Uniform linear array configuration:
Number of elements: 48
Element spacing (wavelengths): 0.75
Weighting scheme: cosine
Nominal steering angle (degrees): -30
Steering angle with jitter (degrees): -30.164
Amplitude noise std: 0.05
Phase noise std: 0.05

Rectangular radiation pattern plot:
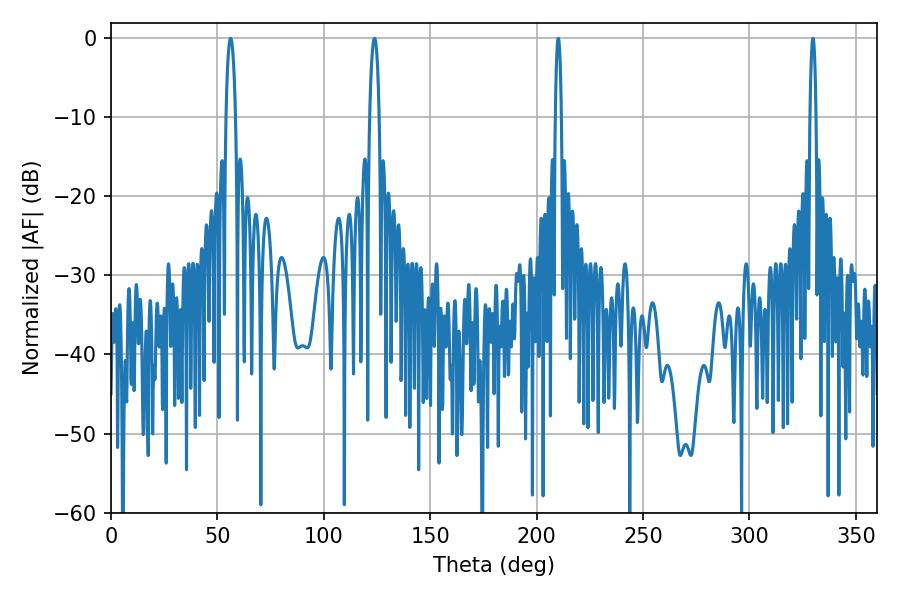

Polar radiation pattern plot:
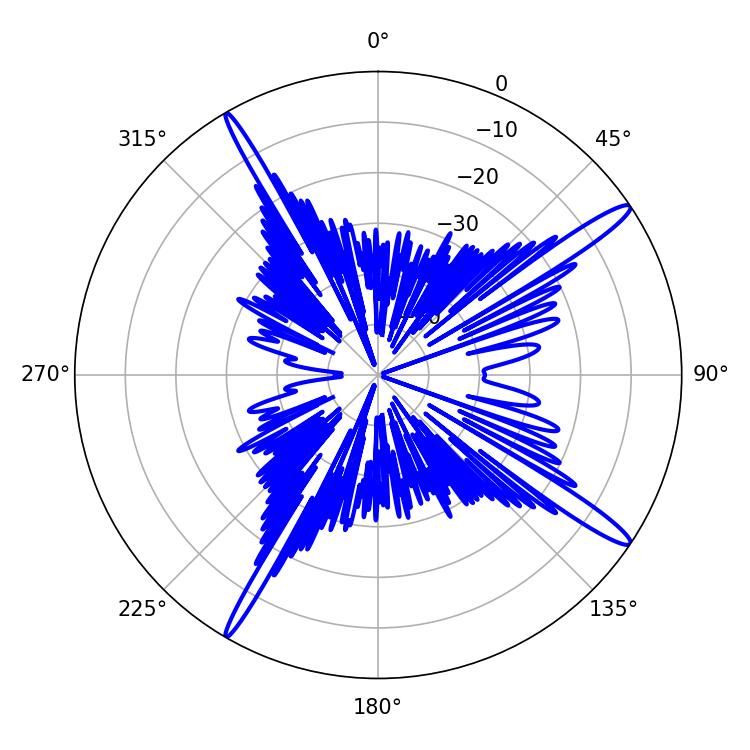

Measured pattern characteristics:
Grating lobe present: TRUE
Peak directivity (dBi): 15.92
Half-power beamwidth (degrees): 2.52
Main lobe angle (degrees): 56.16